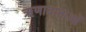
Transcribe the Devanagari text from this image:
ऋणादाताओं